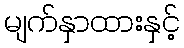
မျက်နှာထားနှင့်